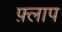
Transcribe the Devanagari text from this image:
फ़्लाप